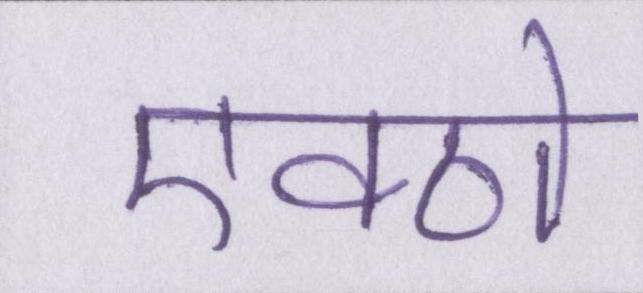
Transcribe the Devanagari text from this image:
एक्ठो